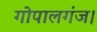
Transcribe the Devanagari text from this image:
गोपालगंज।